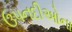
ઉપનદીઓના